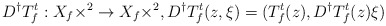
\begin{align*}D^{\dag}T_{f}^{t}:X_{f}\times\real^{2}\to X_{f}\times\real^{2},D^{\dag}T_{f}^{t}(z,\xi)=(T_{f}^{t}(z),D^{\dag}T_{f}^{t}(z)\xi)\end{align*}